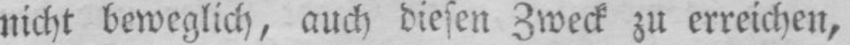
nicht beweglich, auch diesen Zweck zu erreichen,